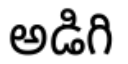
అడిగి